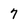
Character: 7